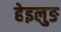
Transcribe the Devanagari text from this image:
हेइलुङ